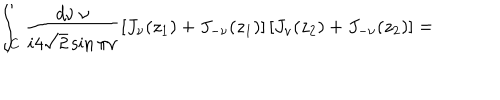
\int _ { C } \frac { d \nu \: \nu } { i 4 \sqrt { 2 } \sin \pi \nu } \left[ J _ { \nu } ( z _ { 1 } ) + J _ { - \nu } ( z _ { 1 } ) \right] \left[ J _ { \nu } ( z _ { 2 } ) + J _ { - \nu } ( z _ { 2 } ) \right] = \;